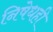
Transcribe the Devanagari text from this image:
निषेधही